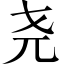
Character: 尧